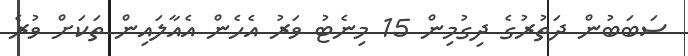
ސަބަބުން ދަތުރުގެ ދިގުމިން 15 މިނެޓު ވަރު އެހެން އެއާލައިން ތަކަށް ވުރެ